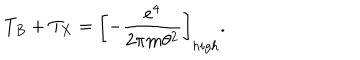
LaTeX: T _ { B } + T _ { X } = \left[ - \frac { e ^ { 4 } } { 2 \pi m \theta ^ { 2 } } \right] _ { h i g h } .